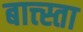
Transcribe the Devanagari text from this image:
बात्त्स्ता